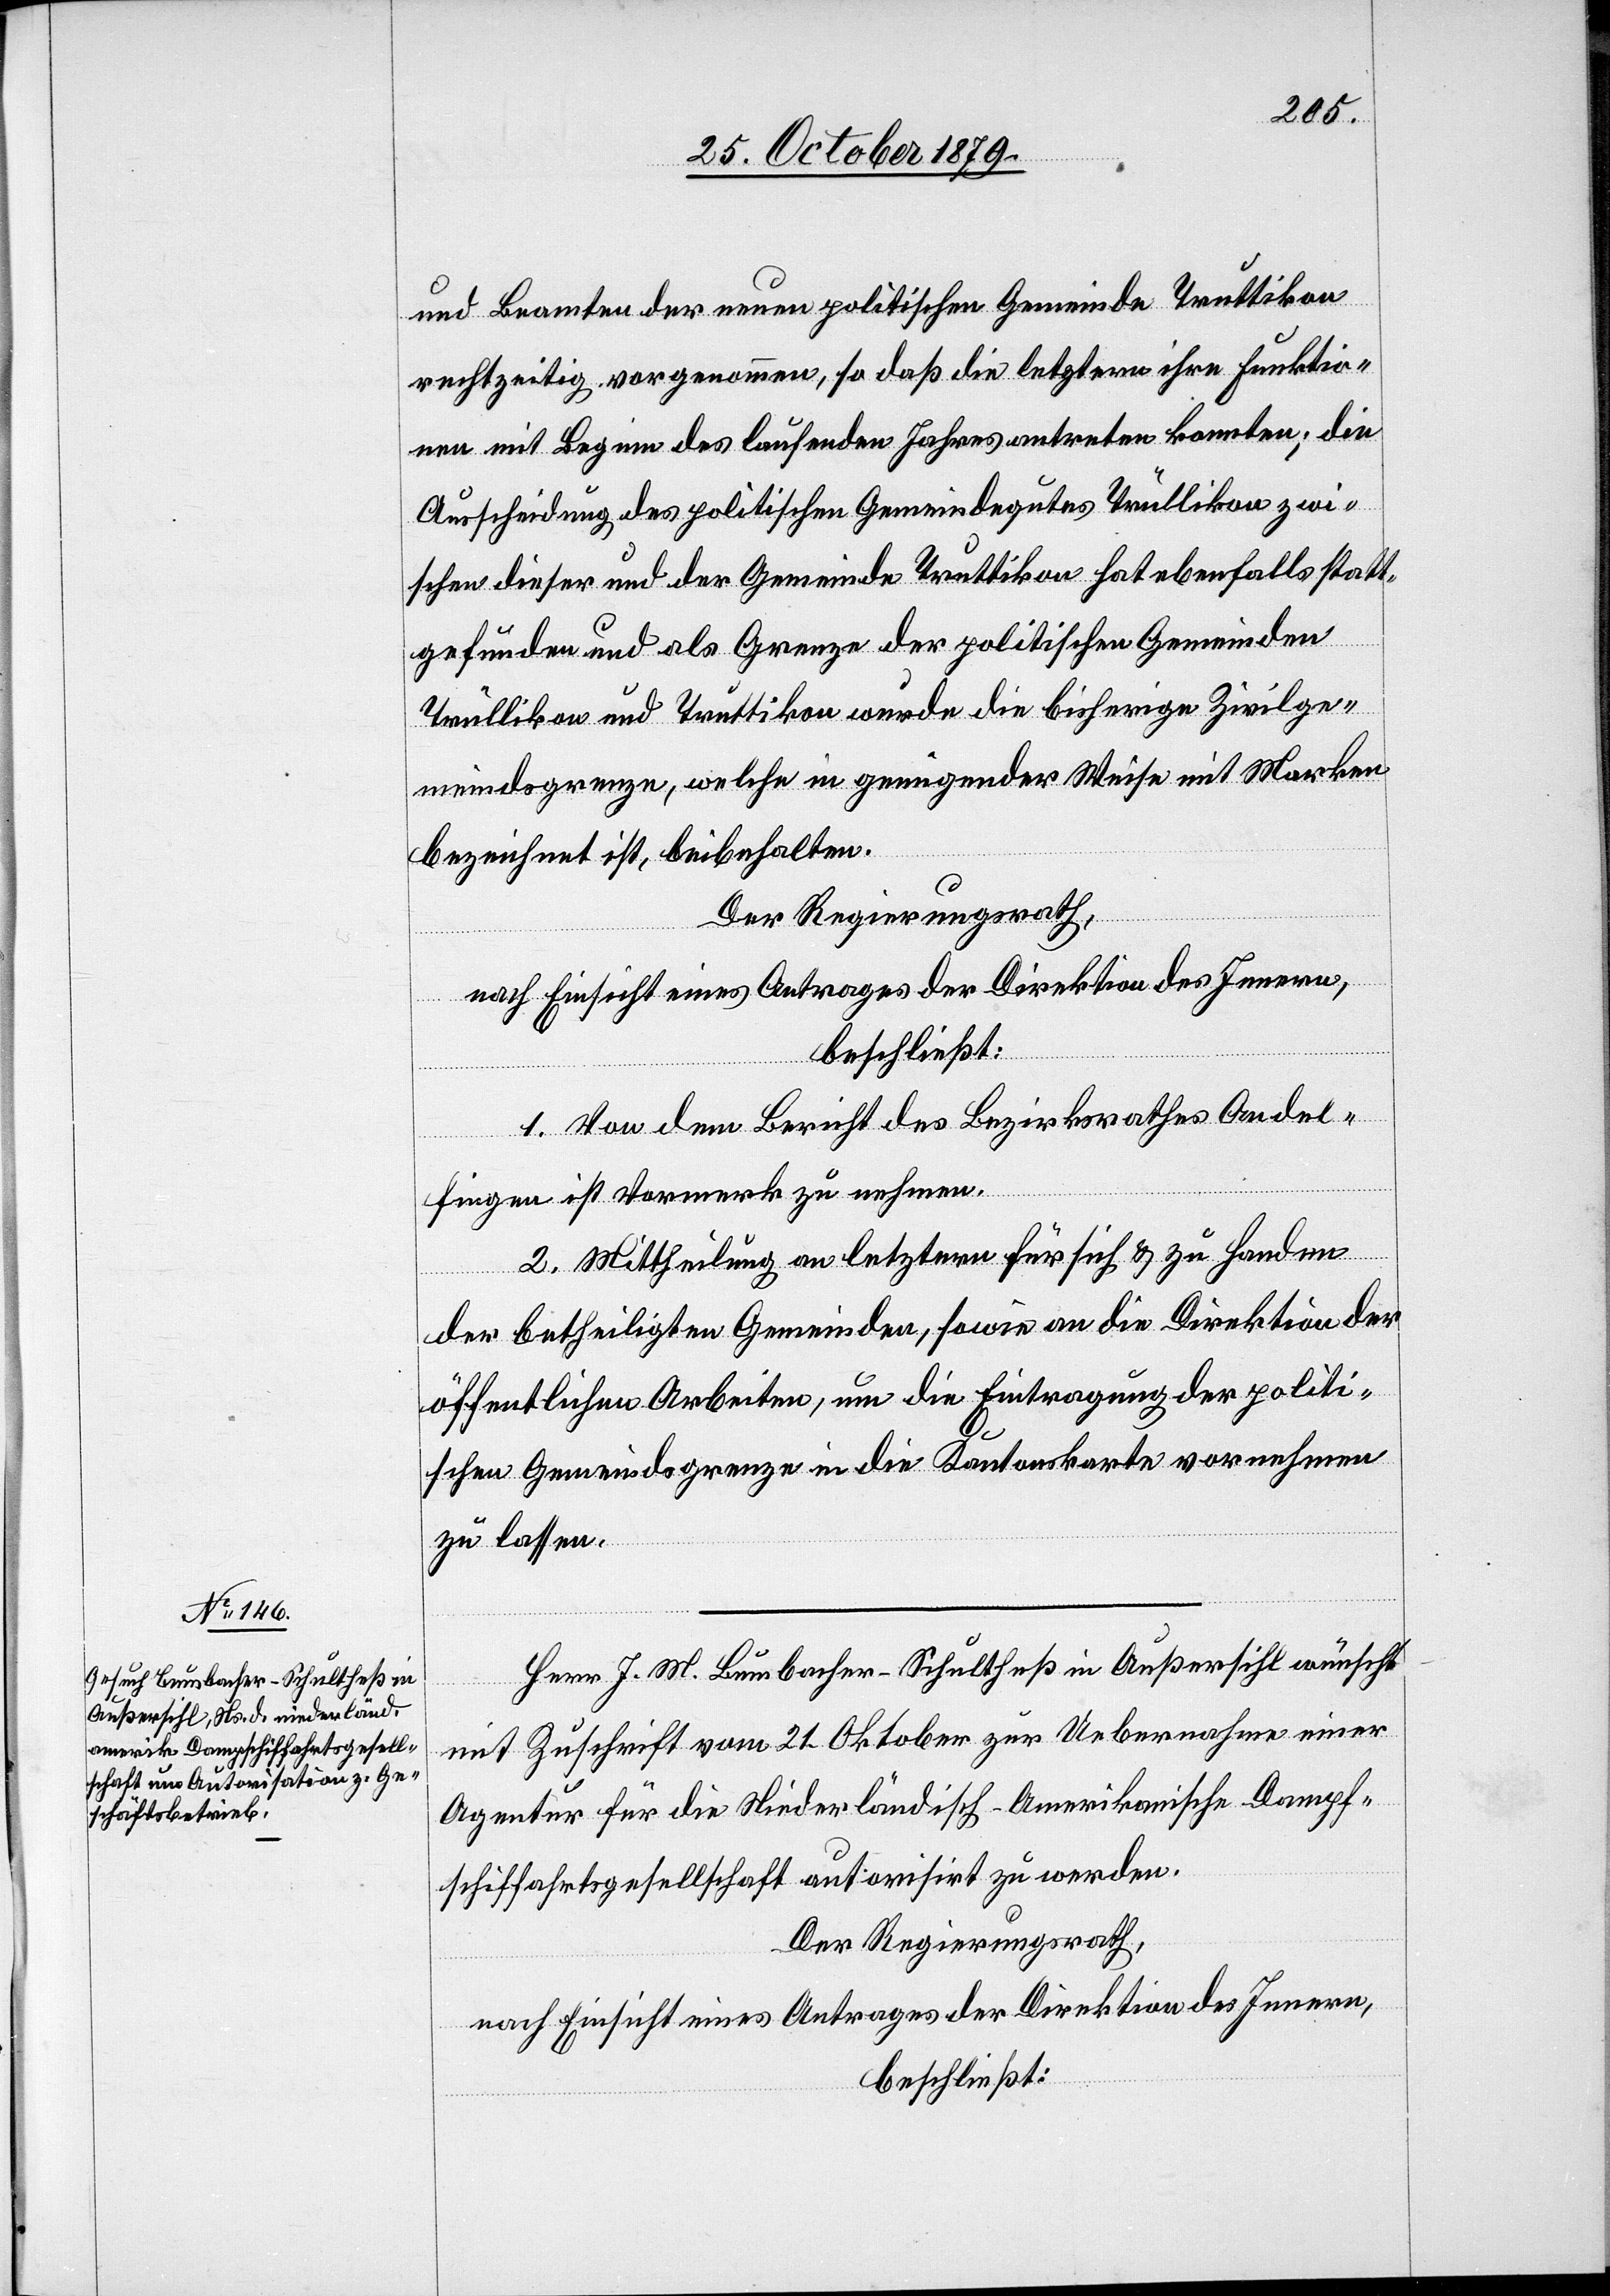
und Beamten der neuen politischen Gemeinde Truttikon
rechtzeitig vorgenommen, so daß die letztern ihre Funktio¬
nen mit Beginn des laufenden Jahres antreten konnten; die
Ausscheidung der politischen Gemeinde Truttikon ha¬
gefunden und als Grenze der politischen Gemeinen
Trullikon und Truttikon wurde die bisherige Zivilge¬
meindsgrenze, welche in geeigneter Weise mit Marken
bezeichnet ist, beibehalten.
Der Regierungsrath,
t
statt¬
1. Von dem Bericht des Bezirksrathes Andel¬
fingen ist Vormerk zu nehmen.
2. Mittheilung an letztern für sich & zu Handen
der betheiligten Gemeinden, sowie an die Direktion der
öffentlichen Arbeiten, um die Eintragung der politi¬
schen Gemeindsgrenze in die Kantonskarte vornehmen
zu lassen.
Herr J. M. Bumbacher-Schultheß in Außersihl wünscht
mit Zuschrift vom 21. Oktober zur Uebernahme einer
Agentur für die Niederländisch-Amerikanische-Dampf¬
schiffahrtsgesellschaft autorisirt zu werden.
Der Regierungsrath,
nach Einsicht eines Antrages der Direktion des Innern,
beschließt: